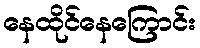
နေထိုင်နေကြောင်း